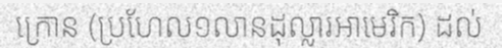
ក្រោន (ប្រហែល១លានដុល្លារអាមេរិក) ដល់